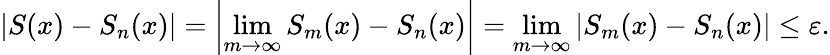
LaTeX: \left|S(x)-S_{n}(x)\right|=\left|\operatorname*{lim}_{m\to\infty}S_{m}(x)-S_{n}(x)\right|=\operatorname*{lim}_{m\to\infty}\left|S_{m}(x)-S_{n}(x)\right|\leq\varepsilon.